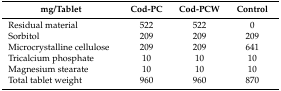
| mg/Tablet | Cod-PC | Cod-PCW | Control |
 | --- | --- | --- | --- |
 | Residual material | 522 | 522 | 0 |
 | Sorbitol | 209 | 209 | 209 |
 | Microcrystalline cellulose | 209 | 209 | 641 |
 | Tricalcium phosphate | 10 | 10 | 10 |
 | Magnesium stearate | 10 | 10 | 10 |
 | Total tablet weight | 960 | 960 | 870 |